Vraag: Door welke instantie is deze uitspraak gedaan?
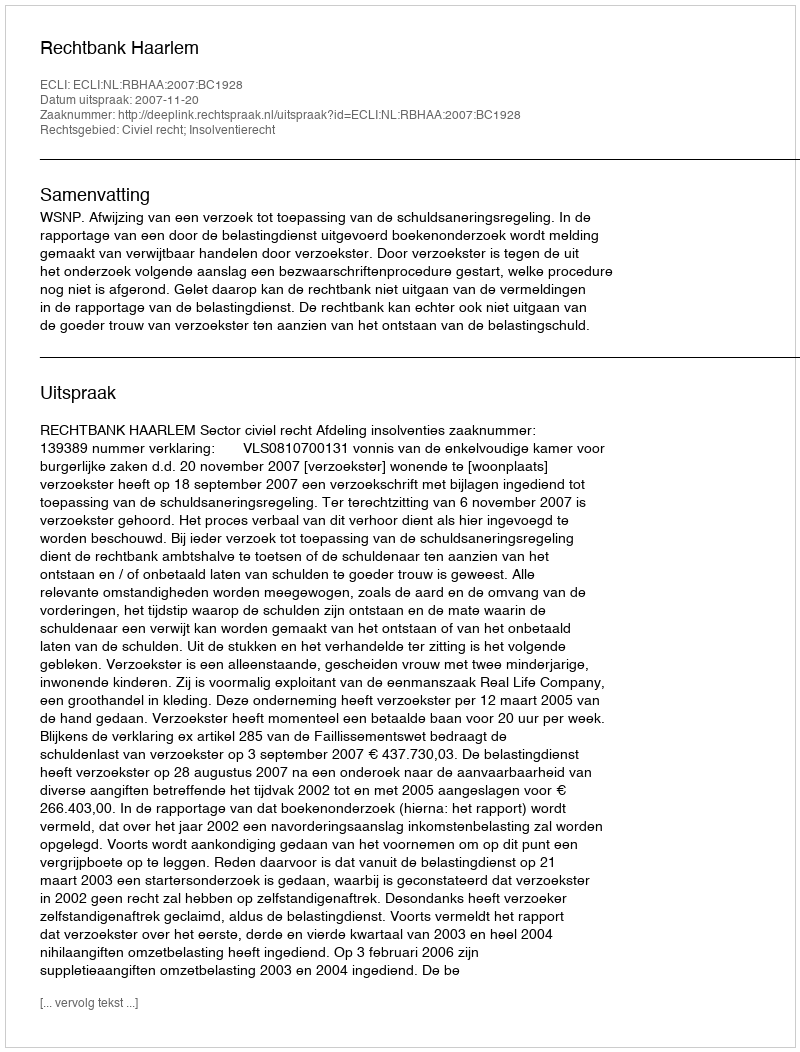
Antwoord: Rechtbank Haarlem